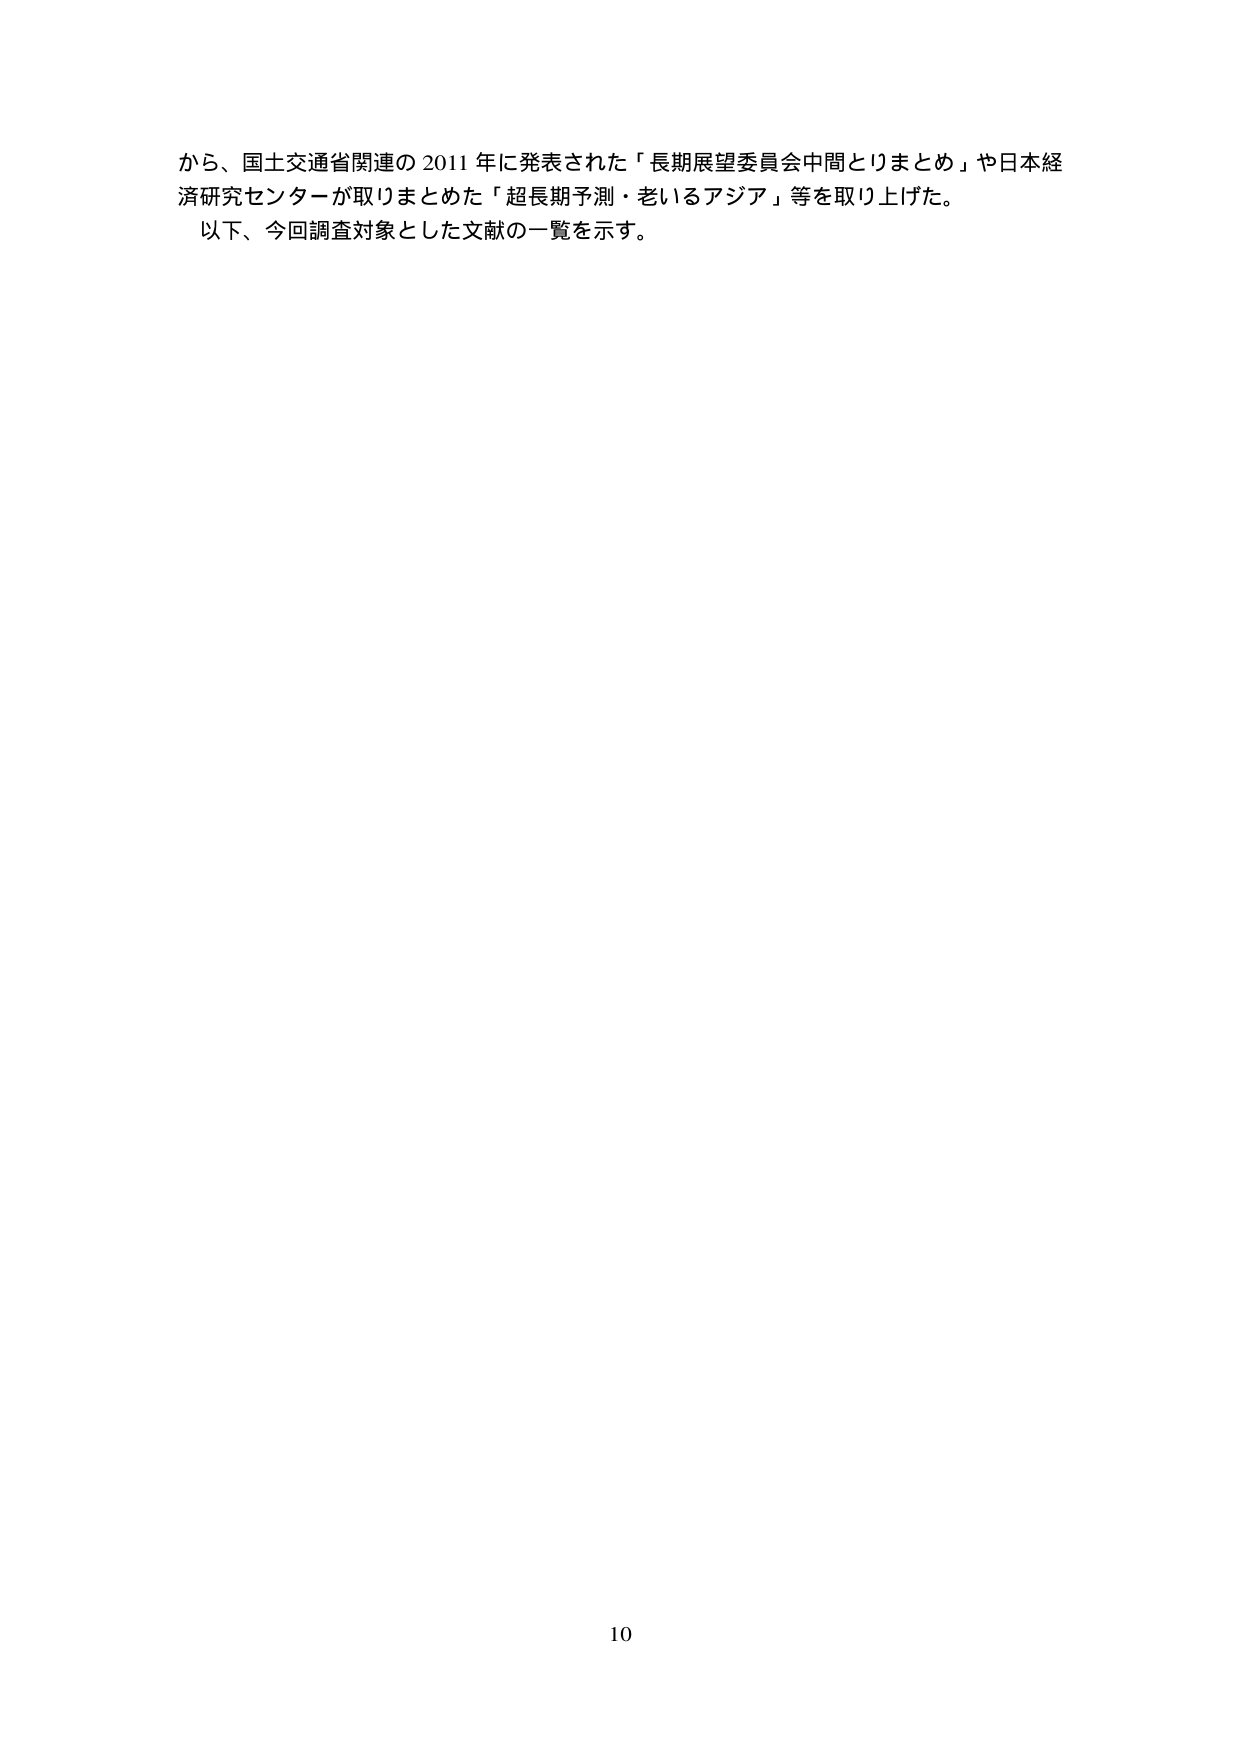
から、国土交通省関連の 2011 年に発表された「長期展望委員会中間とりまとめ」や日本経済研究センターが取りまとめた「超長期予測・老いるアジア」等を取り上げた。
以下、今回調査対象とした文献の一覧を示す。

10